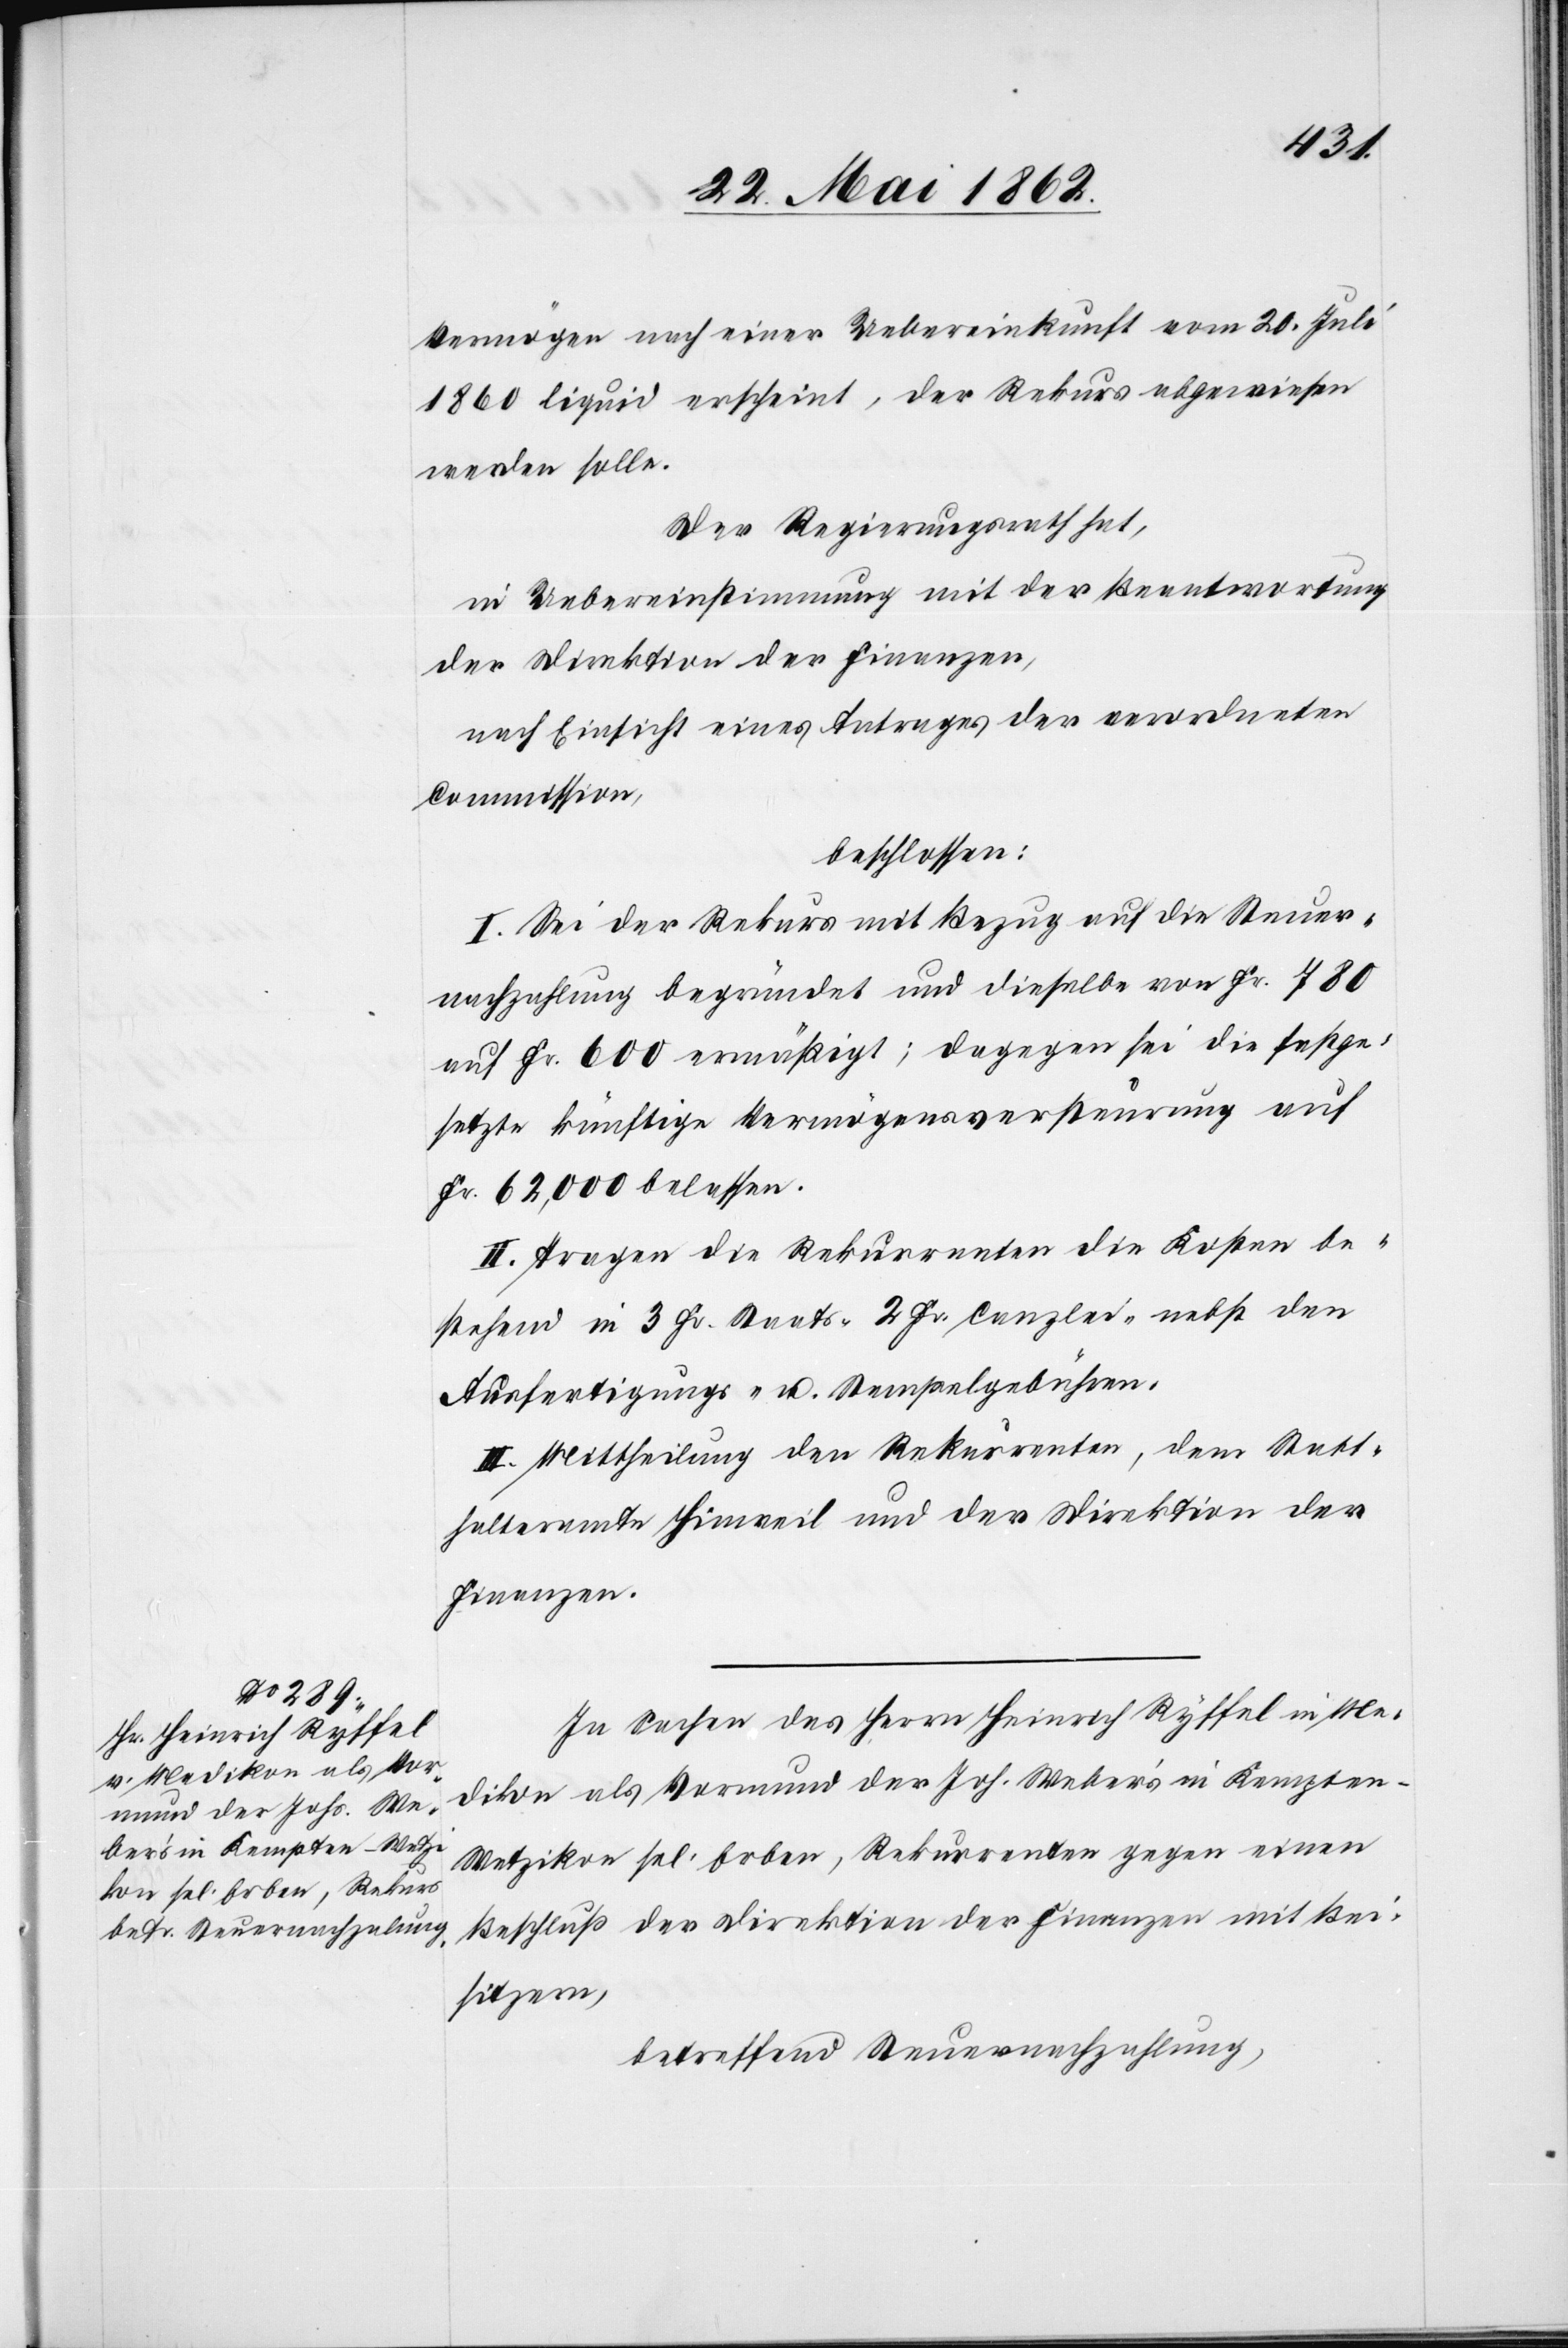
Vermögen nach einer Uebereinkunft vom 20. Juli
1860 liquid erscheint, der Rekurs abgewiesen
werden solle.
Der Regierungsrath hat,
in Uebereinstimmung mit der Beantwortung
der Direktion der Finanzen,
nach Einsicht eines Antrages der verordneten
Commission,
beschlossen:
I. Sei der Rekurs mit Bezug auf die Steuer¬
nachzahlung begründet und dieselbe von Fr. 780
auf Fr. 600 ermäßigt; dagegen sei die festge¬
setzte künftige Vermögensversteurung auf
Fr. 62,000 belassen.
II. Tragen die Rekurrenten die Kosten be¬
stehend in 3 Fr. Staats- 2 Fr. Canzlei- nebst den
Ausfertigungs- u. Stempelgebühren.
III. Mittheilung den Rekurrenten, dem Statt¬
halteramte Hinweil und der Direktion der
Finanzen.
In Sachen des Herrn Heinrich Ryffel in Me¬
dikon als Vormund der Joh. Weber’s in Kempte¬
n-Wetzikon sel. Erben, Rekurrenten gegen einen
Beschluß der Direktion der Finanzen mit Bei¬
sitzern,
betreffend Steuernachzahlung,